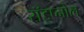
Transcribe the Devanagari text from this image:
रॉइप्नोल